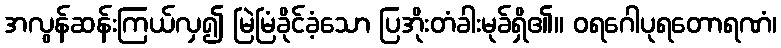
အလွန်ဆန်းကြယ်လှ၍ မြဲမြံခိုင်ခံ့သော ပြအိုးတံခါးမုခ်ရှိ၏။ ဝရဂေါပုရတောရဏံ၊